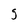
Character: g